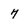
Character: 7